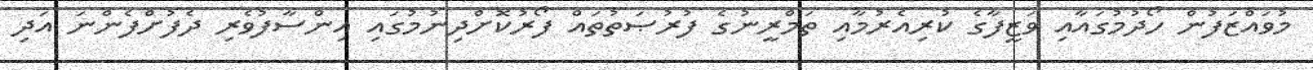
މުވައްޒަފުން ހޯދުމުގައާއި ވަޒީފާގެ ކުރިއެރުމާއި ތަމްރީނުގެ ފުރުޞަތުތައް ފޯރުކޮށްދިނުމުގައި އިންސާފުވެރި ދެފުށްފެންނަ އަދި